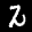
Digit: 7